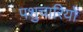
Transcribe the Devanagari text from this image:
पशुचारियों